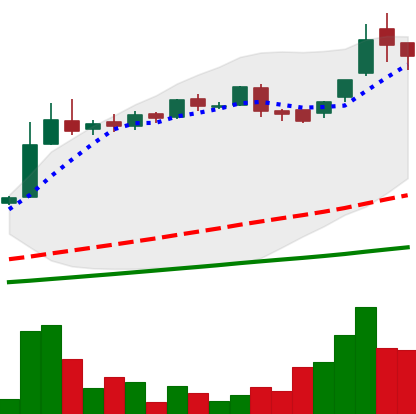
Ticker: LTC-USD
Chart end date: 2016-06-14
Forward return: 7.49%
Label: up_7plus